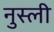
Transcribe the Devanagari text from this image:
नुस्ली